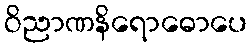
ဝိညာဏနိရောဓောပေ